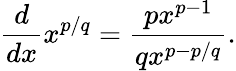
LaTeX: {\frac{d}{dx}}x^{p/q}={\frac{px^{p-1}}{qx^{p-p/q}}}.